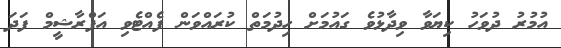
އުމުރު ދުވަހު ކިޔަވާ ވިދާޅުވެ ގައުމަށް ހިދުމަތް ކުރައްވަން ފެއްޓެވި އަފްރާޝީމް ފަދަ